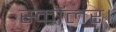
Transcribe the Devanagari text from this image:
स्कॉलर।